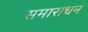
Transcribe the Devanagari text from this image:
समाराधन